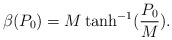
\begin{align*}\beta(P_0)=M\tanh^{-1}(\frac{P_0}{M}). \end{align*}